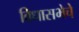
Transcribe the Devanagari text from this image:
विधासभेचे